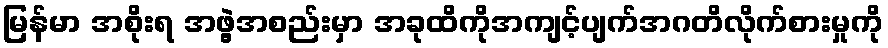
မြန်မာ အစိုးရ အဖွဲ့အစည်းမှာ အခုထိကိုအကျင့်ပျက်အဂတိလိုက်စားမှုကို